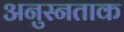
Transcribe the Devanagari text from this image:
अनुस्नताक